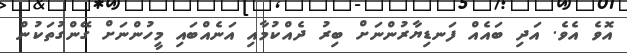
އޮވެ އެވެ. އަދި ބައެއް ފަނޑިޔާރުންނަށް ބިރު ދެއްކުމާއި އަނެއްބައި މީހުންނަށް ގޭންގުތަކުން